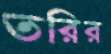
তরির